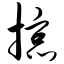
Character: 掠